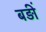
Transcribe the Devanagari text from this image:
बड़ीं